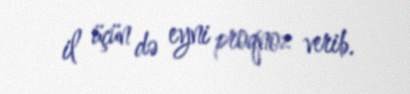
il üçün də eyni proqnoz verib.